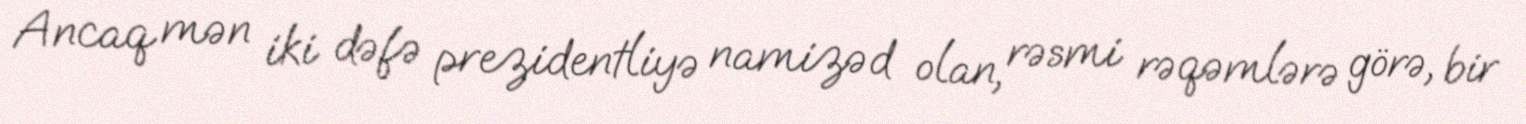
Ancaq mən iki dəfə prezidentliyə namizəd olan, rəsmi rəqəmlərə görə, bir